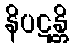
နိပဋန္တိ